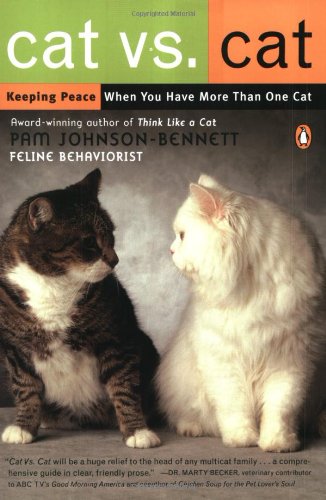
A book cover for Cat Vs. Cat: Keeping Peace When You Have More Than One Cat; Pam Johnson-Bennett; Crafts, Hobbies & Home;